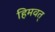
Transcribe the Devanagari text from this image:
हिमवत्‌